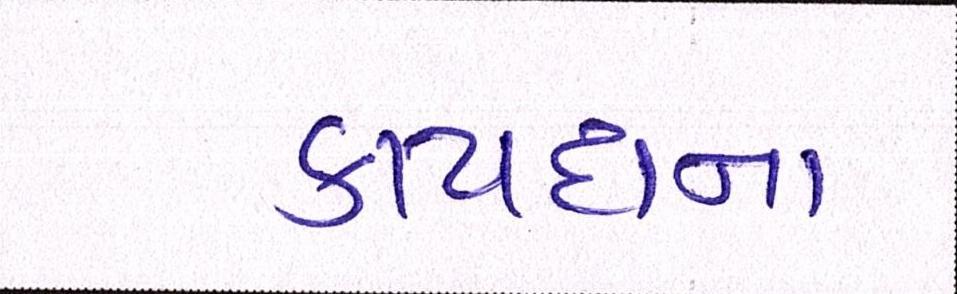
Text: કાયદાના